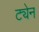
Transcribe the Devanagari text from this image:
ट्येन